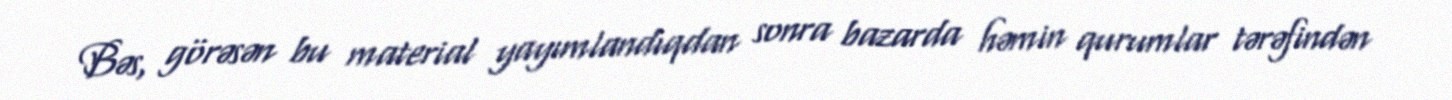
Bəs, görəsən bu material yayımlandıqdan sonra bazarda həmin qurumlar tərəfindən